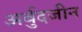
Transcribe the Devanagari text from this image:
अर्बुदजीन